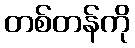
တစ်တန်ကို